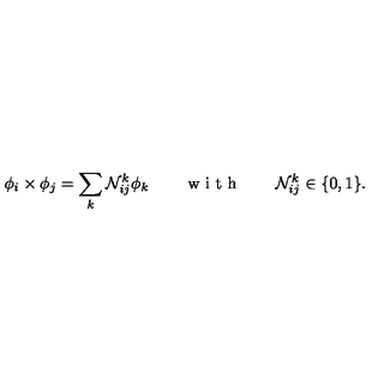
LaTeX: \phi _ { i } \times \phi _ { j } = \sum _ { k } { \cal N } _ { i j } ^ { k } \phi _ { k } \qquad \textrm { w i t h } \qquad { \cal N } _ { i j } ^ { k } \in \{ 0 , 1 \} .